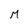
Character: M